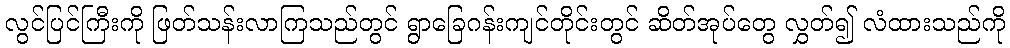
လွင်ပြင်ကြီးကို ဖြတ်သန်းလာကြသည်တွင် ရွာခြေဂန်းကျင်တိုင်းတွင် ဆိတ်အုပ်တွေ လွှတ်၍ လံထားသည်ကို